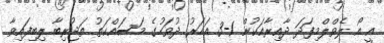
އީ އޯ ލެވްލްމިފަދަ ދާއިރާއަކުން 1-3 އަހަރު ދުވަހުގެ މަސައްކަތު ތަޖުރިބާ ލިބިފައިވާ